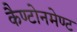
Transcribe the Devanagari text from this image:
कैण्टोनमेण्ट